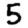
Digit: 5